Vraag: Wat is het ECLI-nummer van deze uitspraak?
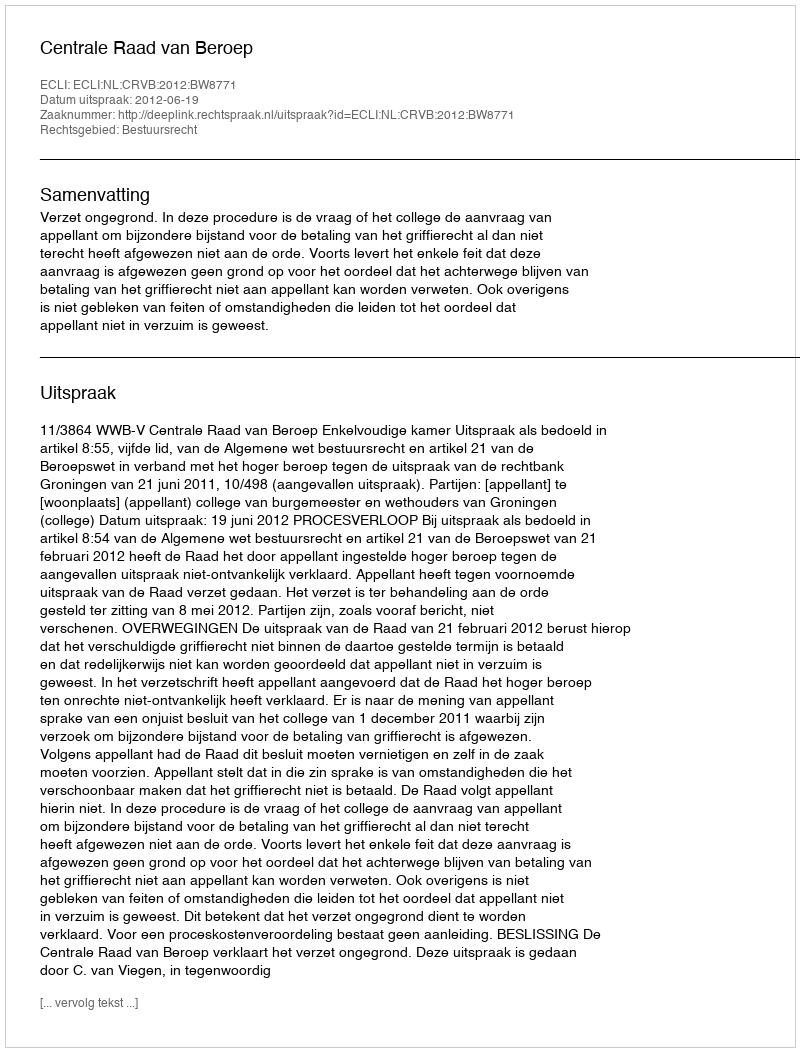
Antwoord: ECLI:NL:CRVB:2012:BW8771